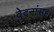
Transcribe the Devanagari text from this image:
वेदनांसह